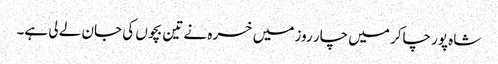
شاہ پور چاکر میں چار روز میں خسرہ نے تین بچوں کی جان لے لی ہے۔